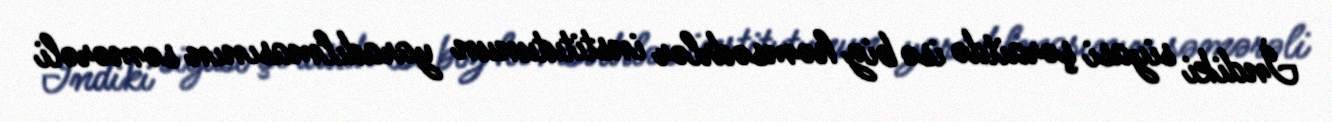
İndiki siyasi şəraitdə isə biz həmsədrlər institutunun yaradılmasının səmərəli